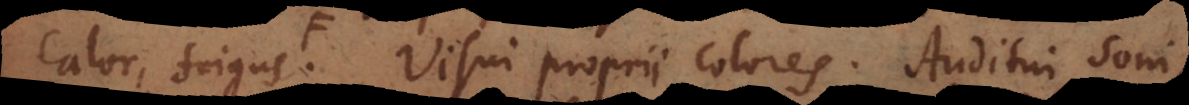
calor, frigus, Visui proprii colores. Auditui soni,